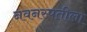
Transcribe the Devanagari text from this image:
नवनस्पतीला